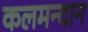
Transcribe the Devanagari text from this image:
कलमन्दान